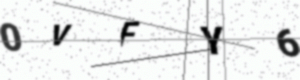
Text: 0VFY6